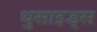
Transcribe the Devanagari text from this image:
थुसाइड्स